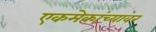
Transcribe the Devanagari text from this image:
एकमेकांच्यावर